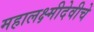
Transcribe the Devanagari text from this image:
महालक्ष्मीदेवीचे